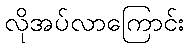
လိုအပ်လာကြောင်း